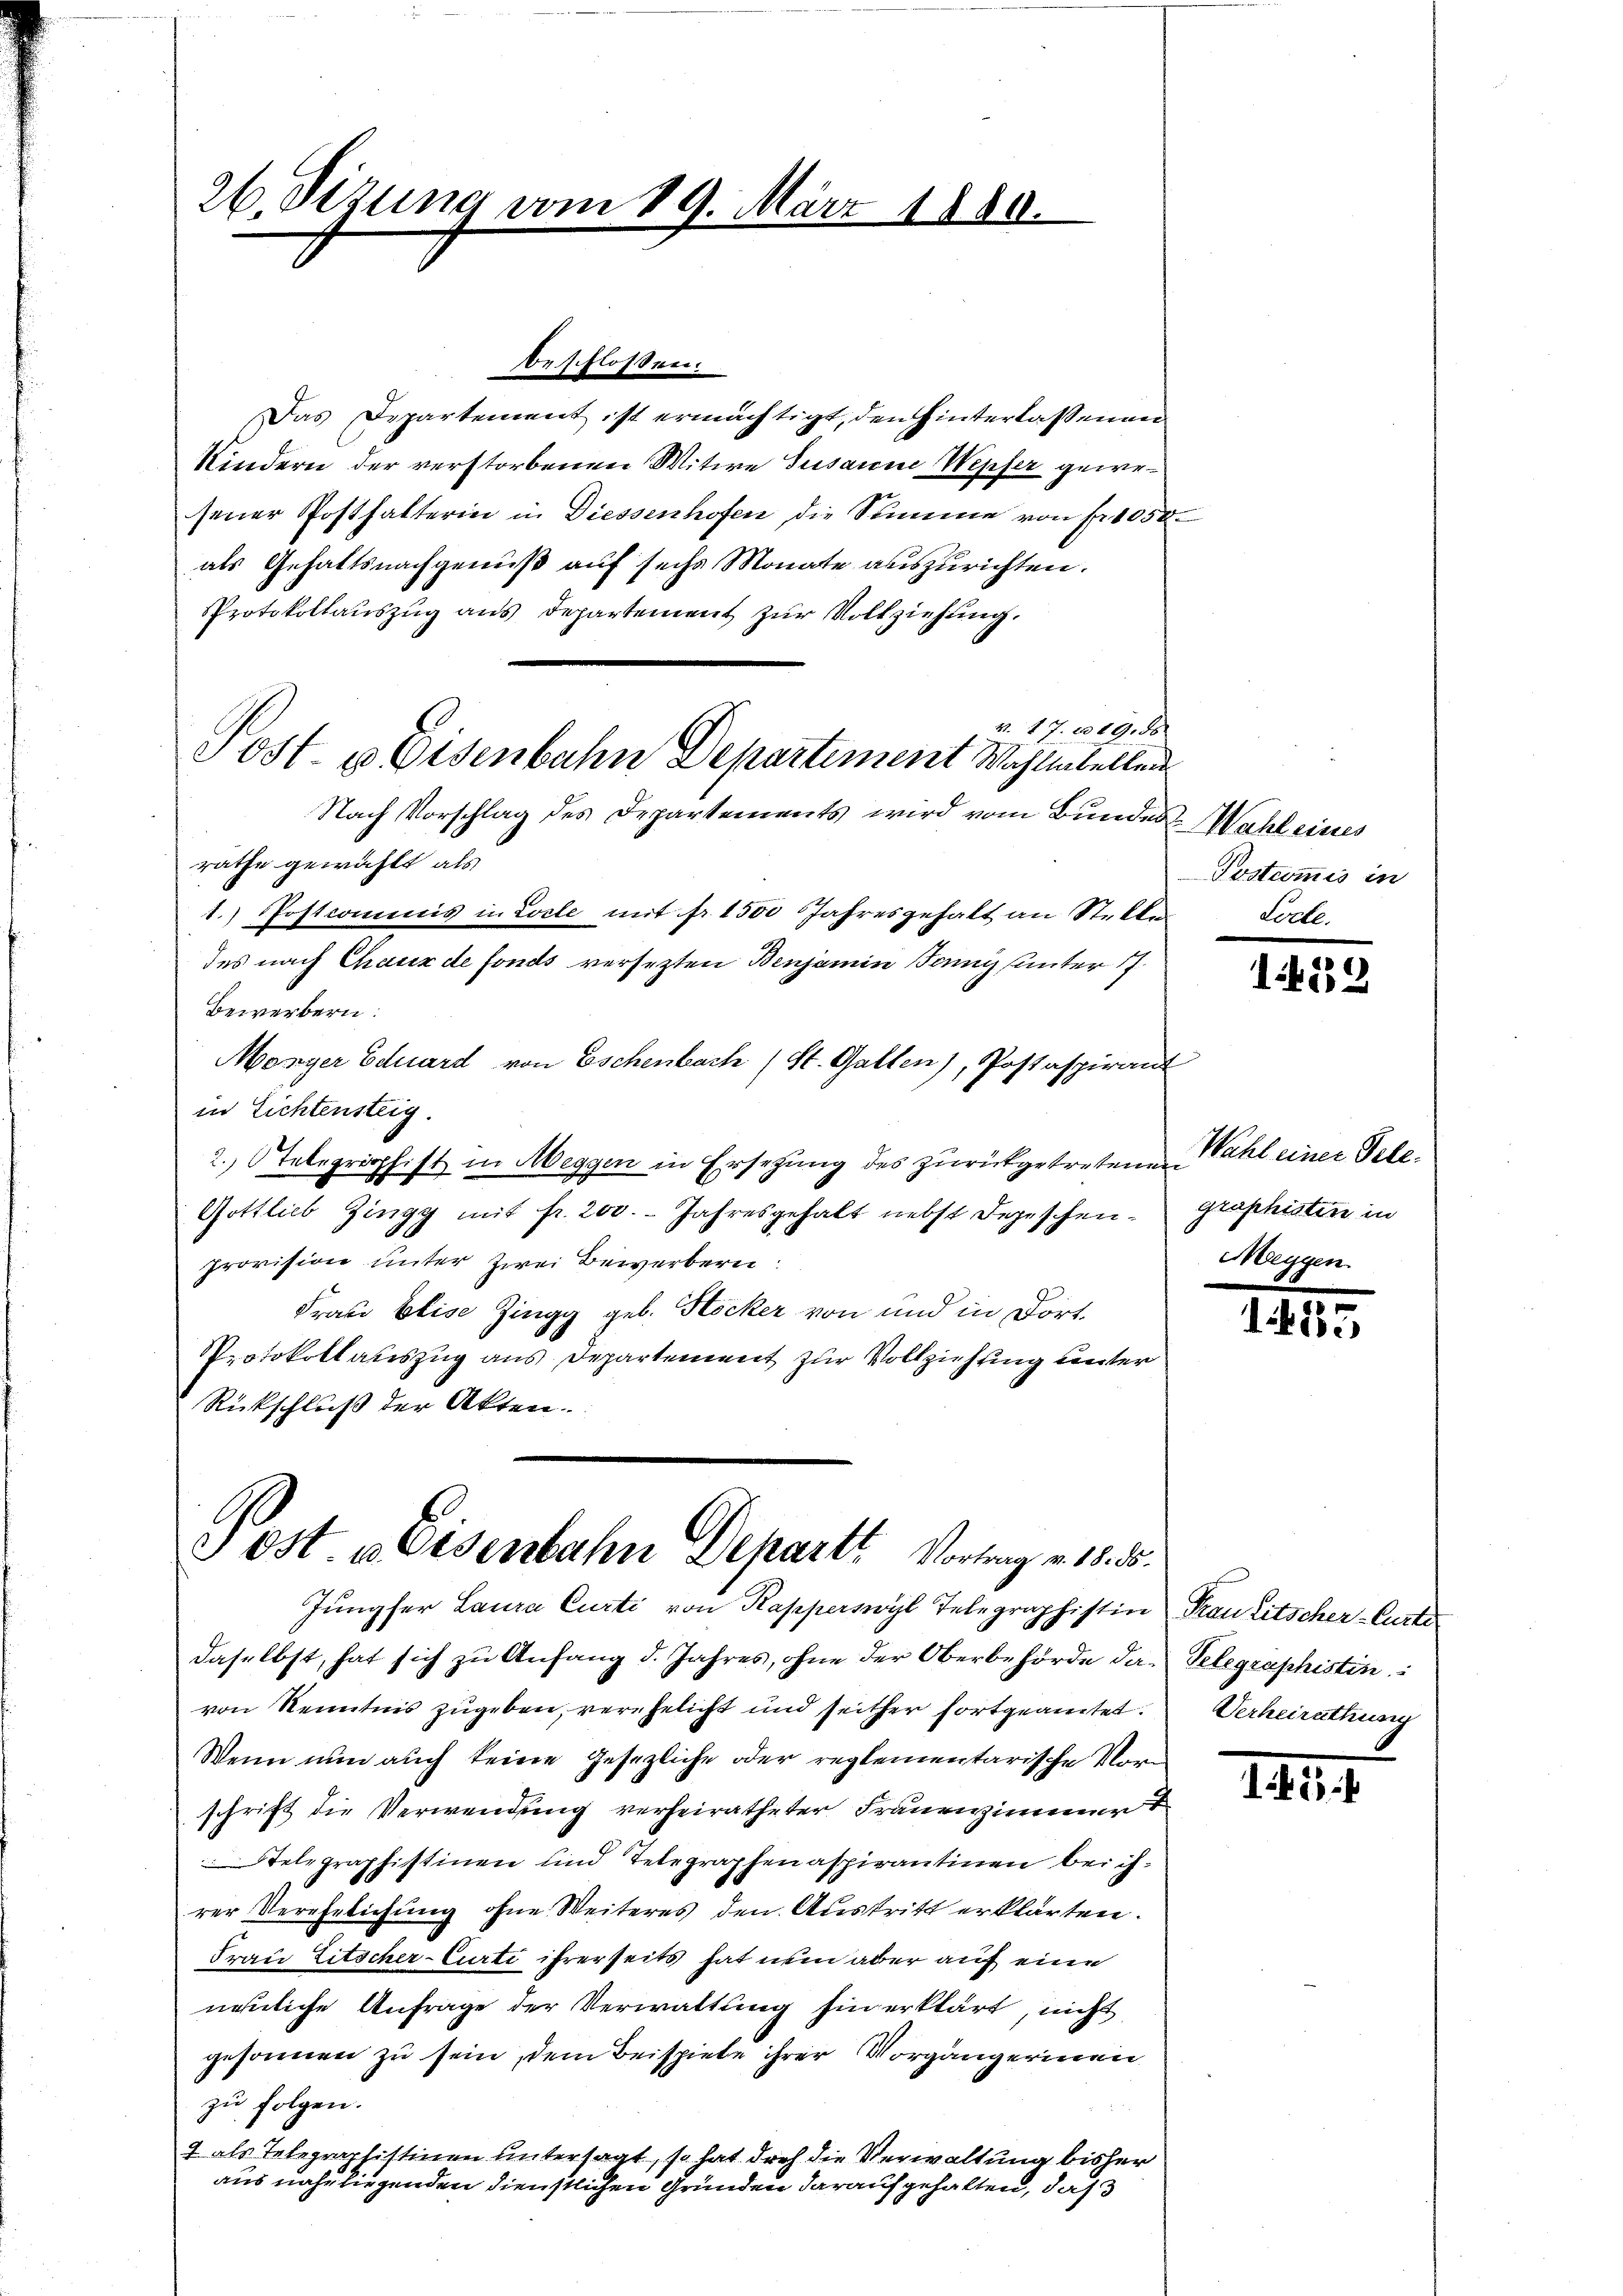
26. Sizung vom 19. März 1880.

Sost- & Eisenbahn Departement Wahlentellen
Nach Vorschlag des Departements wird vom Bundes Wahl eines

Beschlossen.
Das Departement ist ermächtigt, den hinterlassenen
Kindern der verstorbenen Witwe Susanne Wepfer gewesener Posthalterin in Diessenhofen die Summe von Fr. 1050
als Gehaltsnachgenuß auf sechs Monate auszurichten.
Protokollauszug aus Departement zur Vollziehung.
v. 7 J. 1019.50.
rathe gewählt als
1.) Postcomenis in Locle mit fr. 1500 Jahresgehalt an Stellen
des nach Chaux de fonds versezten Benjamin Janis unter 17
Bewerbern:
Mosyer Eduard von Eschenbach (St. Gallen), Postaspirant
in Lichtensteig.
2. Telegraphist in Meggen in Ersetzung des zurückgetretenen Wahl einer Tele¬
Gottlieb Zingg mit fr. 200. Jahresgehalt nebst Depeschen - graphisten in
provision unter zwei Bewerbern
Frau Elise Zingg geb. Stöcker von und in dort¬
Protokollauszug aus Departement zur Vollziehung unter
Rückschluß der Akten.

Post. v. Eisenbahn Departe Vortrag v. 15. 5.

Jungfer Laura Curti von Kapperswyl Telegraphistin Franzitscher-Curti
daselbst, hat sich zu Anfang d. Jahres, ohne der Oberbehörde das Telegraphistin
von Kenntnis zugeben, verehelicht und seither fortgeamtet. Verheirathung
Wenn nun auch keine Gesezliche oder reglementarische Vorschrift die Verwendung verheiratheter Frauenzimmer d
Telegraphistinen und Telegraphenaspirantinen bei ihrer Verehelichung ohne Weiteres den Austritt erklärten.
Frau Litscher-Curti ihrerseits hat nun aber auf eine
nemliche Anfrage der Verwaltung hin erklärt, nicht
gesonnen zu sein, dem Beispiele ihrer Vorgängerinen
zu folgen.
7 als Telegraphistinen untersagt, so hat doch die Verwaltung bisher
aus nahe liegenden dienstlichen Gründen darauf gehalten, daß

Prstcommis in
Loche.

.
122

Mygen.

1455

e

1444.